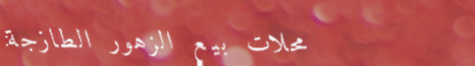
محلات بيع الزهور الطازجة: